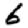
Digit: 6